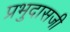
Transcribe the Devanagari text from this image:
प्रभुदासजी